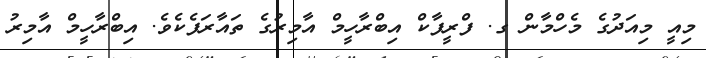
މިއީ މިއަދުގެ މެހްމާން ގ. ފްރީފާކް އިބްރާހީމް އާމިރުގެ ތައާރަފެކެވެ. އިބްރާހީމް އާމިރު